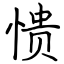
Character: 愦